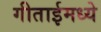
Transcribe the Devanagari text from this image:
गीताईमध्ये